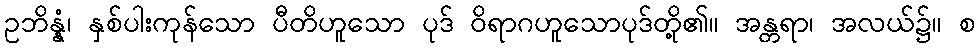
ဥဘိန္နံ၊ နှစ်ပါးကုန်သော ပီတိဟူသော ပုဒ် ဝိရာဂဟူသောပုဒ်တို့၏။ အန္တရာ၊ အလယ်၌။ စ